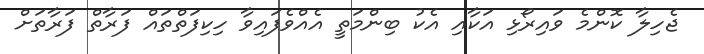
ޖެހިލާ ކޮންމެ ވައިރޯޅި އަކާއި އެކު ބިންމަތީ އެއްވެފައިވާ ހިކިފަތްތައް ފަރާތް ފަރާތަށް